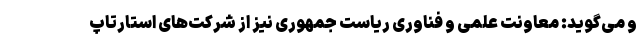
و می‌گوید: معاونت علمی و فناوری ریاست جمهوری نیز از شرکت‌های استارتاپ